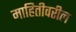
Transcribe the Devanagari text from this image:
माहितीवरील